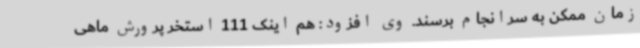
زمان ممکن به سرانجام برسند. وی افزود: هم اینک 111 استخر پرورش ماهی